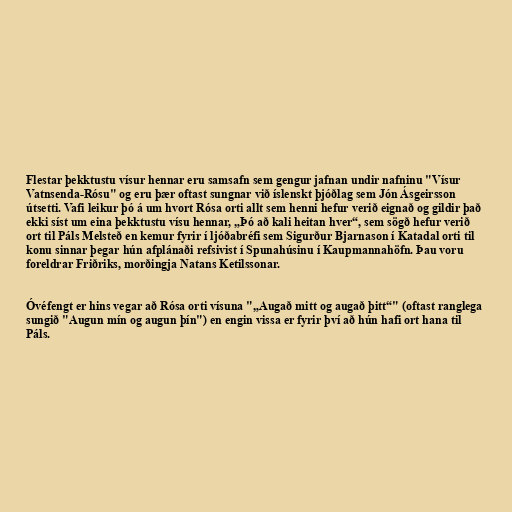
Flestar þekktustu vísur hennar eru samsafn sem gengur jafnan undir nafninu "Vísur
Vatnsenda-Rósu" og eru þær oftast sungnar við íslenskt þjóðlag sem Jón Ásgeirsson
útsetti. Vafi leikur þó á um hvort Rósa orti allt sem henni hefur verið eignað og gildir það
ekki síst um eina þekktustu vísu hennar, „Þó að kali heitan hver“, sem sögð hefur verið
ort til Páls Melsteð en kemur fyrir í ljóðabréfi sem Sigurður Bjarnason í Katadal orti til
konu sinnar þegar hún afplánaði refsivist í Spunahúsinu í Kaupmannahöfn. Þau voru
foreldrar Friðriks, morðingja Natans Ketilssonar.

Óvéfengt er hins vegar að Rósa orti vísuna "„Augað mitt og augað þitt“" (oftast ranglega
sungið "Augun mín og augun þín") en engin vissa er fyrir því að hún hafi ort hana til
Páls.